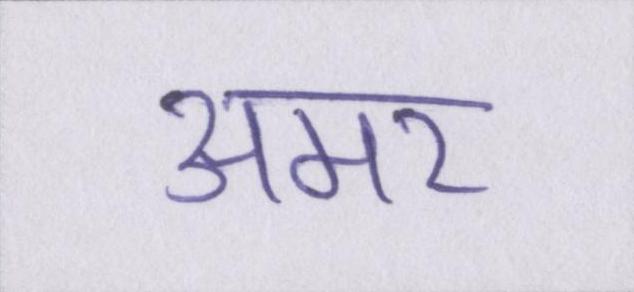
अमर